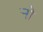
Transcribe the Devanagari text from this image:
र्‍ाो